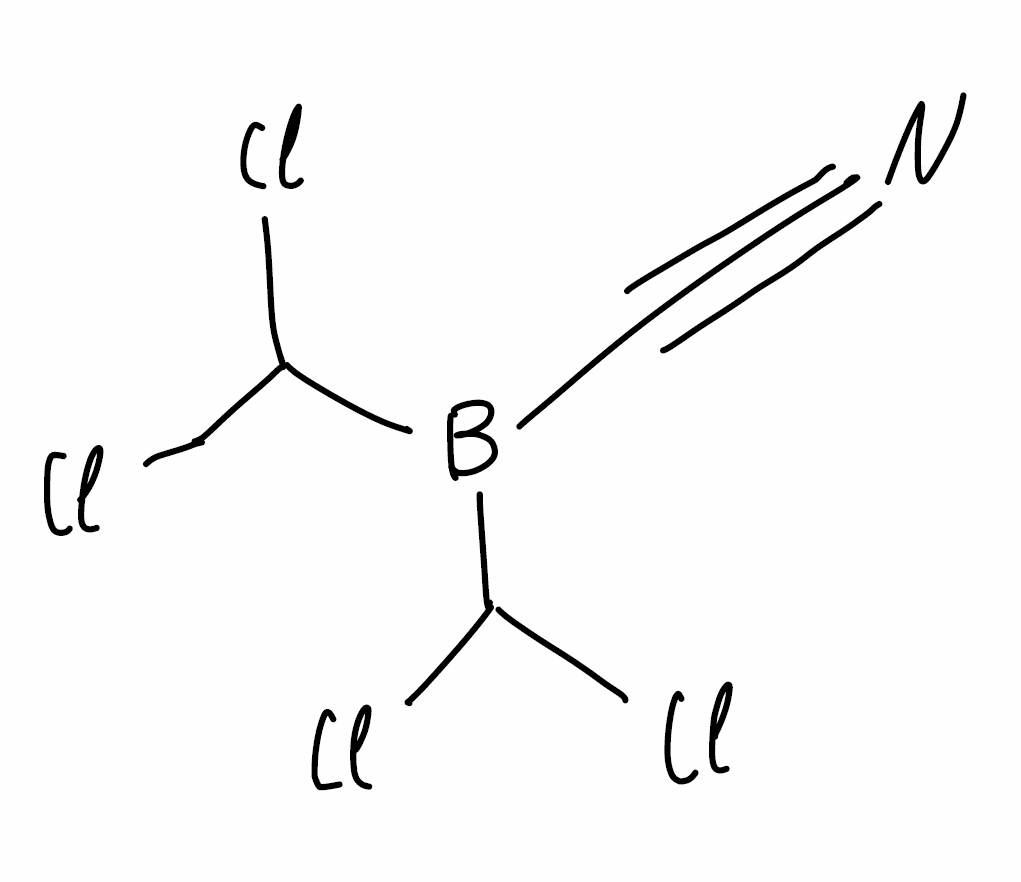
Simplified molecular-input line-entry system (SMILES) notation of the given molecule:
B(C#N)(C(Cl)Cl)C(Cl)Cl